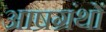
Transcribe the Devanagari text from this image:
आष्रग्रंथों